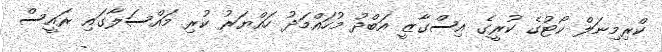
ކްރިމިނަލް ކޯޓުގެ ކުރީގެ އިސްގާޒީ އަބްދު މުހައްމަދު ހައްޔަރު ކުރި މައްސަލާގައި ރައީސް